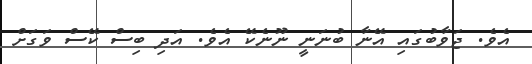
އެވެ. ޖަވާބުގައި އޭނާ ބުނަނީ ނޫނެކޭ އެވެ. އަދި ބިސް ކޭސް ވަގަށް